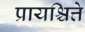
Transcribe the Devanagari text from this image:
प्रायश्चित्ते